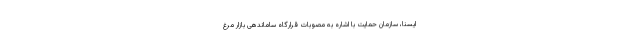
ایسنا، سازمان حمایت با اشاره به مصوبات قرارگاه ساماندهی بازار مرغ